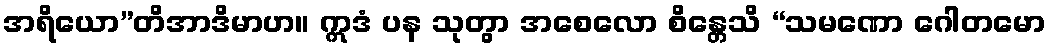
အရိယော”တိအာဒိမာဟ။ ဣဒံ ပန သုတွာ အစေလော စိန္တေသိ “သမဏော ဂေါတမော